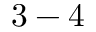
3 - 4